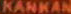
KANKAN